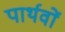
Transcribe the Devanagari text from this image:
पार्थवों